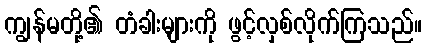
ကျွန်မတို့၏ တံခါးများကို ဖွင့်လှစ်လိုက်ကြသည်။